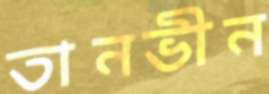
তানভীন